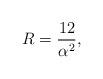
LaTeX: \begin{align*}R=\frac{12}{\alpha^{2}}, \end{align*}